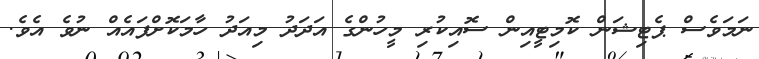
ނަމަވެސް ޕެޓިޝަން ކޮމިޓީއިން ސޮއިކުރި މީހުންގެ އަދަދު މިއަދު ހާމަކޮށްފައެއް ނުވެ އެވެ.